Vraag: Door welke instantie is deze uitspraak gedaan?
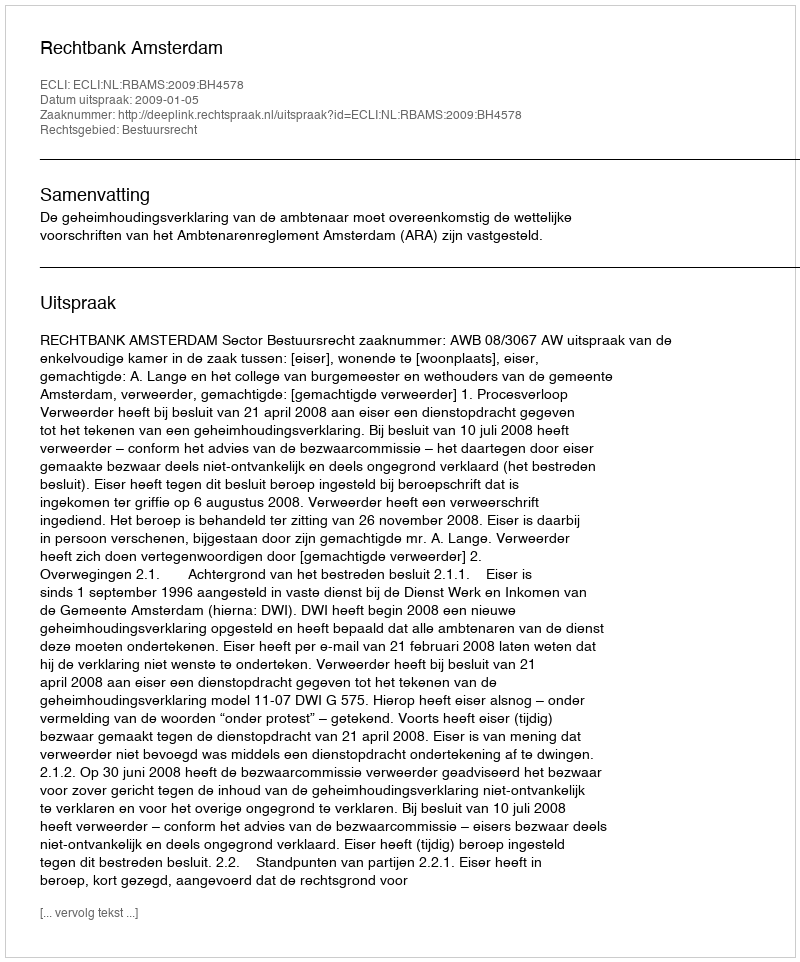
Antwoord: Rechtbank Amsterdam